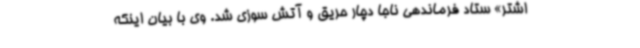
اشتر» ستاد فرماندهی ناجا دچار حریق و آتش سوزی شد. وی با بیان اینکه